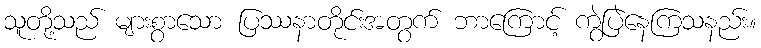
သူတို့သည် များစွာသော ပြဿနာတိုင်းအတွက် ဘာကြောင့် ကွဲပြဲနေကြသနည်း။